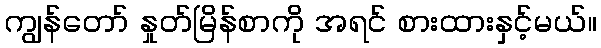
ကျွန်တော် နှုတ်မြိန်စာကို အရင် စားထားနှင့်မယ်။